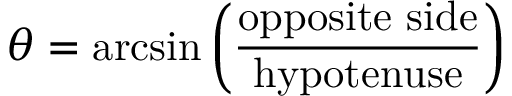
\theta = \arcsin \left( { \frac { \mathrm { o p p o s i t e ~ s i d e } } { \mathrm { h y p o t e n u s e } } } \right)